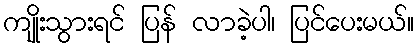
ကျိုးသွားရင် ပြန် လာခဲ့ပါ၊ ပြင်ပေးမယ်။